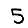
Digit: 5